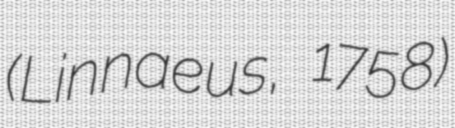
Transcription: (Linnaeus, 1758)